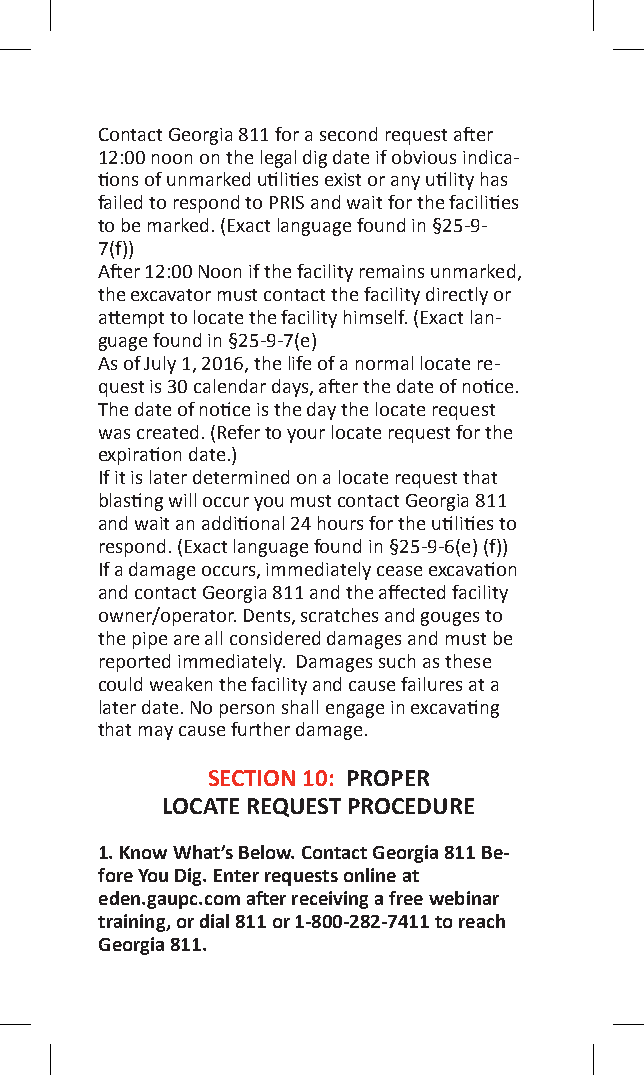
Contact Georgia 811 for a second request after
 12:00 noon on the legal dig date if obvious indica-
 tions of unmarked utilities exist or any utility has
 failed to respond to PRIS and wait for the facilities
 to be marked. (Exact language found in §25-9-
 7(f))
 After 12:00 Noon if the facility remains unmarked,
 the excavator must contact the facility directly or
 attempt to locate the facility himself. (Exact lan-
 guage found in §25-9-7(e)
 As of July 1, 2016, the life of a normal locate re-
 quest is 30 calendar days, after the date of notice.
 The date of notice is the day the locate request
 was created. (Refer to your locate request for the
 expiration date.)
 If it is later determined on a locate request that
 blasting will occur you must contact Georgia 811
 and wait an additional 24 hours for the utilities to
 respond. (Exact language found in §25-9-6(e) (f))
 If a damage occurs, immediately cease excavation
 and contact Georgia 811 and the affected facility
 owner/operator. Dents, scratches and gouges to
 the pipe are all considered damages and must be
 reported immediately. Damages such as these
 could weaken the facility and cause failures at a
 later date. No person shall engage in excavating
 that may cause further damage.
 SECTION 10: PROPER
 LOCATE REQUEST PROCEDURE
 1. Know What’s Below. Contact Georgia 811 Be-
 fore You Dig. Enter requests online at
 eden.gaupc.com after receiving a free webinar
 training, or dial 811 or 1-800-282-7411 to reach
 Georgia 811.